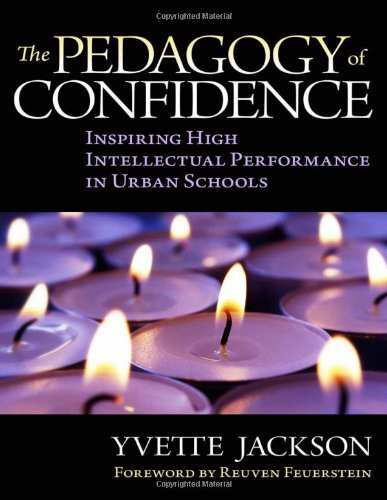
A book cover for The Pedagogy of Confidence: Inspiring High Intellectual Performance in Urban Schools; Yvette Jackson; Politics & Social Sciences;